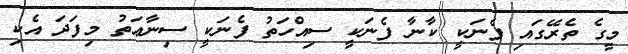
މީގެ ތެރޭގައި ފެނަކީ ކާނާ ފެނަކީ ސިއްހަތު ފެނަކީ ސިނާޢަތު މިފަދަ އެކި